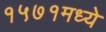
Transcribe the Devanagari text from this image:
१५७१मध्ये